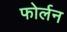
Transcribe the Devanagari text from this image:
फोर्लन